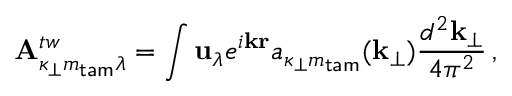
{ \bf A } _ { \kappa _ { \perp } m _ { \mathsf { t a m } } \lambda } ^ { t w } = \int { \bf u } _ { \lambda } e ^ { i { \bf k r } } a _ { \kappa _ { \perp } m _ { \mathsf { t a m } } } ( { \bf k } _ { \perp } ) \frac { d ^ { 2 } { \bf k } _ { \perp } } { 4 \pi ^ { 2 } } \, ,